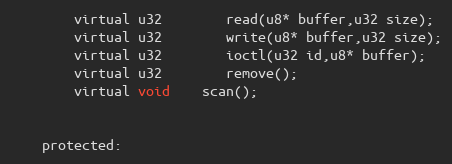
Language: C
		virtual u32		read(u8* buffer,u32 size);
		virtual u32		write(u8* buffer,u32 size);
		virtual u32		ioctl(u32 id,u8* buffer);
		virtual u32		remove();
		virtual void	scan();

	protected: